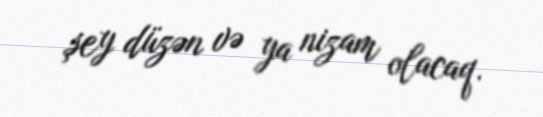
şey düzən və ya nizam olacaq.